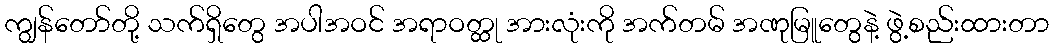
ကျွန်တော်တို့ သက်ရှိတွေ အပါအဝင် အရာဝတ္ထု အားလုံးကို အက်တမ် အဏုမြူတွေနဲ့ ဖွဲ့စည်းထားတာ